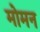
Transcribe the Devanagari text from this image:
मोमन